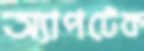
অ্যাপটেক